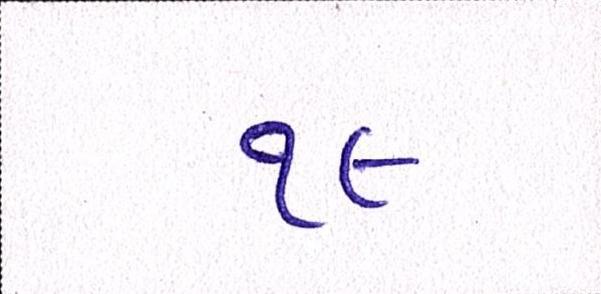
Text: ૧૯